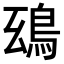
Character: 𩿒